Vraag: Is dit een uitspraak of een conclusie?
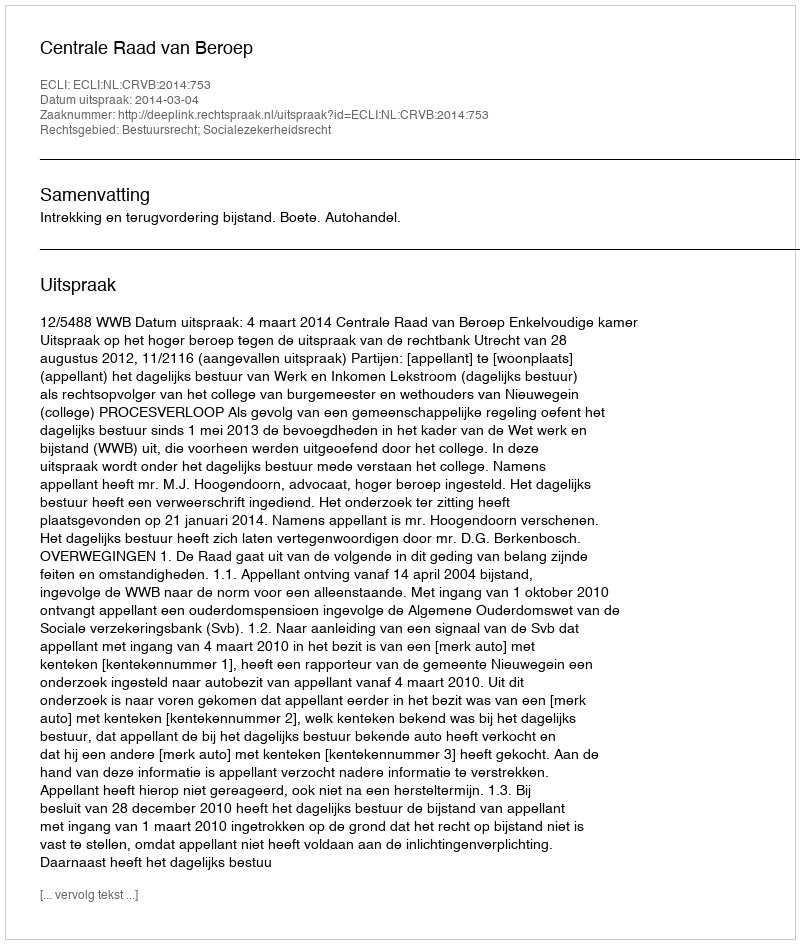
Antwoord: Uitspraak